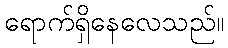
ရောက်ရှိနေလေသည်။